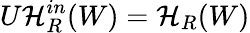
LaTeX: U\mathcal{H}_{R}^{in}(W)=\mathcal{H}_{R}(W)